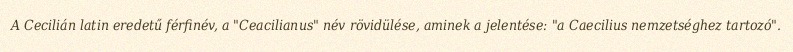
A Cecilián latin eredetű férfinév, a "Ceacilianus" név rövidülése, aminek a jelentése: "a Caecilius nemzetséghez tartozó".